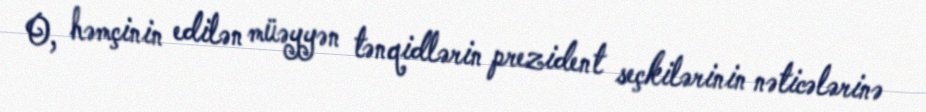
O, həmçinin edilən müəyyən tənqidlərin prezident seçkilərinin nəticələrinə